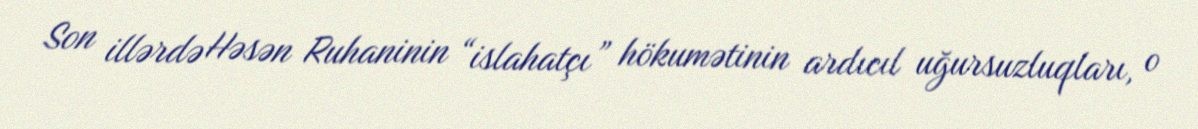
Son illərdə Həsən Ruhaninin “islahatçı” hökumətinin ardıcıl uğursuzluqları, o